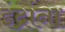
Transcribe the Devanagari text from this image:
इंद्रांना